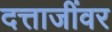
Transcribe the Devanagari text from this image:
दत्ताजींवर